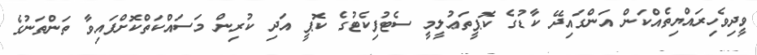
ވީދިވެހިރައްޔިތެއްކަން އަންގައިދޭ ކާޑުގެ ކޮޕީތަޢުލީމީ ސެޓުފިކެޓުގެ ކޮޕީ އަދި ކުރިން މަސައްކަތްކޮށްފައިވާ ތަންތަނުގެ